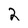
Character: 2